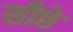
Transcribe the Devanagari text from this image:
सीछे